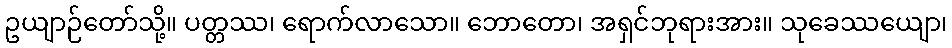
ဥယျာဉ်တော်သို့။ ပတ္တဿ၊ ရောက်လာသော။ ဘောတော၊ အရှင်ဘုရားအား။ သုခေဿယျော၊